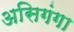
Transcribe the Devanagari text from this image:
असिगंगा